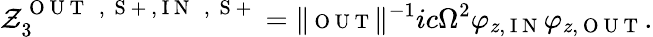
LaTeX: \mathcal{Z}_{3}^{\mathrm{~O~U~T~\phantom{~}{~,~}~S~+~},\mathrm{~I~N~\phantom{~}{~,~}~S~+~}}=\| {\scriptsize{\mathrm{~O~U~T~}}}\| ^{-1}ic\Omega^{2}\varphi_{z,\mathrm{~I~N~}}\varphi_{z,\mathrm{~O~U~T~}}.